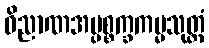
ဝိညာဏအပ္ပစ္စက္ခကမ္မသုတ္တံ